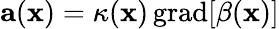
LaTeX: \mathbf{a}(\mathbf{x})=\kappa(\mathbf{x})\, \mathrm{grad}[\beta(\mathbf{x})]